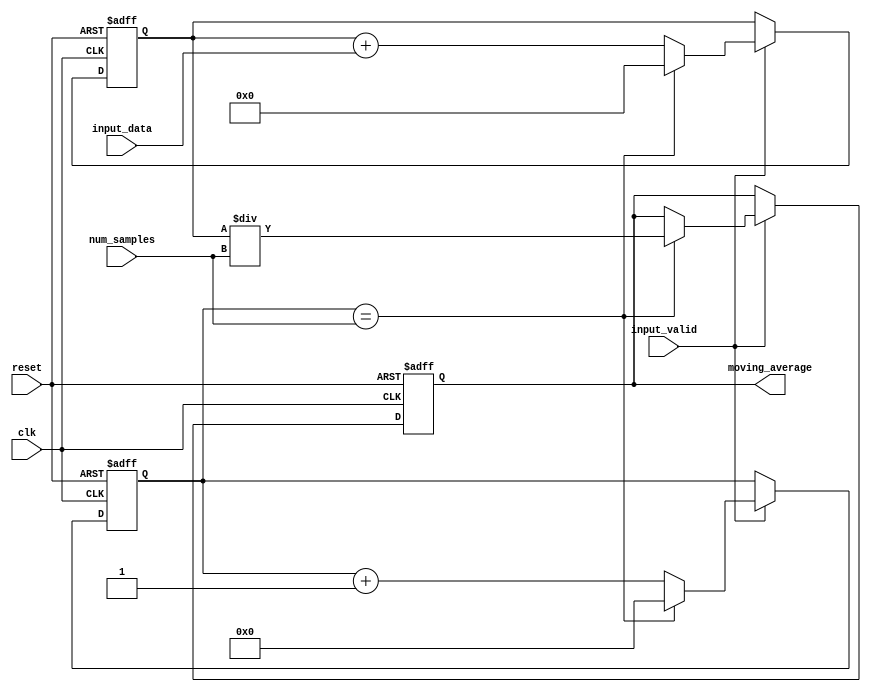
module moving_average_accumulator(
    input wire clk,                 // Clock signal
    input wire reset,               // Reset signal
    input wire [7:0] input_data,    // Input data sample
    input wire input_valid,         // Input data valid signal
    input wire [3:0] num_samples,   // Number of consecutive input samples
    output reg [15:0] moving_average // Moving average output
);

reg [15:0] running_total = 0; // Running total of input samples
reg [3:0] sample_count = 0;    // Number of consecutive input samples counted

always @(posedge clk or posedge reset) begin
    if (reset) begin
        running_total <= 0;
        sample_count <= 0;
        moving_average <= 0;
    end else begin
        if (input_valid) begin
            running_total <= running_total + input_data;
            sample_count <= sample_count + 1;
            
            if (sample_count == num_samples) begin
                moving_average <= running_total / num_samples;
                running_total <= 0;
                sample_count <= 0;
            end
        end
    end
end

endmodule